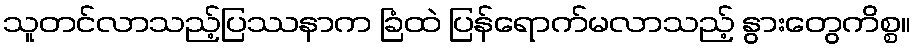
သူတင်လာသည့်ပြဿနာက ခြံထဲ ပြန်ရောက်မလာသည့် နွားတွေကိစ္စ။